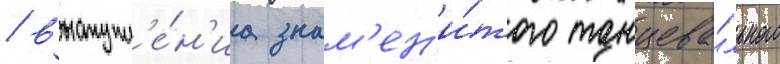
/ выступл'е́н'иа знам'ен'и́того танцева́льного